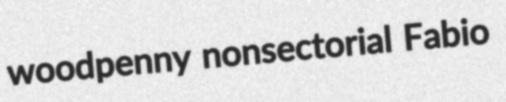
woodpenny nonsectorial Fabio